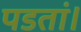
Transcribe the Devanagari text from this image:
पडतां।